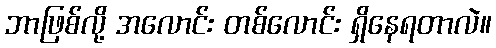
ဘာဖြစ်လို့ အလောင်း တစ်လောင်း ရှိနေရတာလဲ။